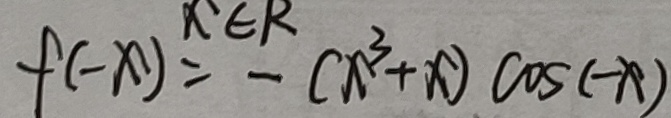
f ( - x ) = - ( x ^ { 3 } + x ) \cos ( - x )